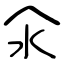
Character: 亽